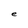
Character: e